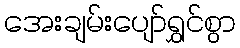
အေးချမ်းပျော်ရွှင်စွာ